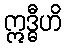
ဣဒ္ဓီဟိ